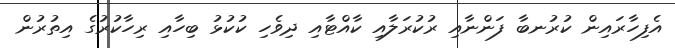
އެފިހާރައިން ކުރުނބާ ފަންނާއި ރުކުރަލާއި ކާއްޓާއި ދިވެހި ކުކުޅު ބިހާއި ރިހާކުރުގެ އިތުރުން